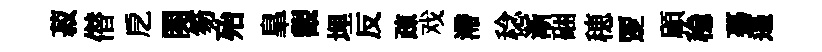
菽僣戹関笏殆臯觀埋反疎戏滯稔渐硱穂覂顧稳驀遏